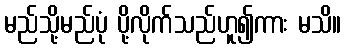
မည်သို့မည်ပုံ ပို့လိုက်သည်ဟူ၍ကား မသိ။